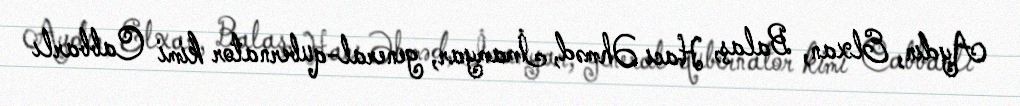
Aydın, Elxan, Balaş, Hacı Əhməd, İmamyar, general-qubernator kimi Cabbarlı